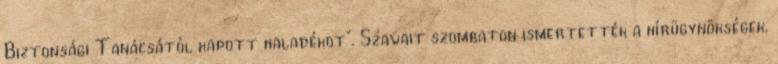
Biztonsági Tanácsától kapott haladékot". Szavait szombaton ismertették a hírügynökségek.